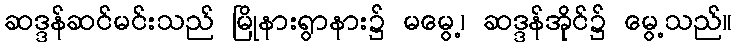
ဆဒ္ဒန်ဆင်မင်းသည် မြိုနားရွာနား၌ မမွေ့၊ ဆဒ္ဒန်အိုင်၌ မွေ့သည်။